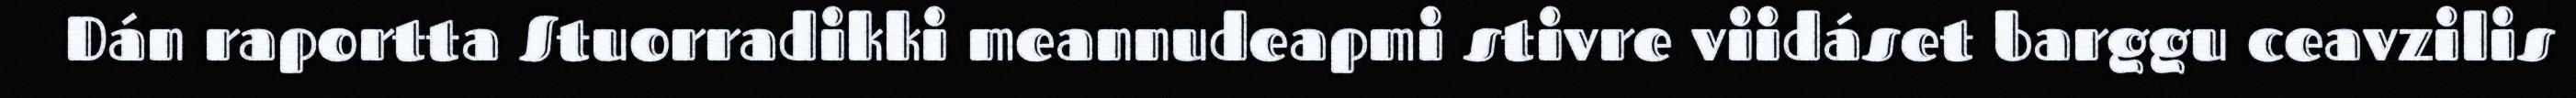
Dán raportta Stuorradikki meannudeapmi stivre viidáset barggu ceavzilis